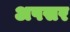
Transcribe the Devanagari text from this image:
अपसर